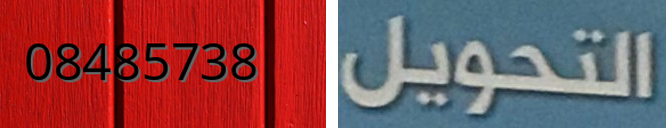
08485738 التحويل